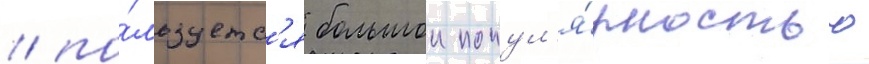
/ по́льзуетс'я большои попул'я́рностью